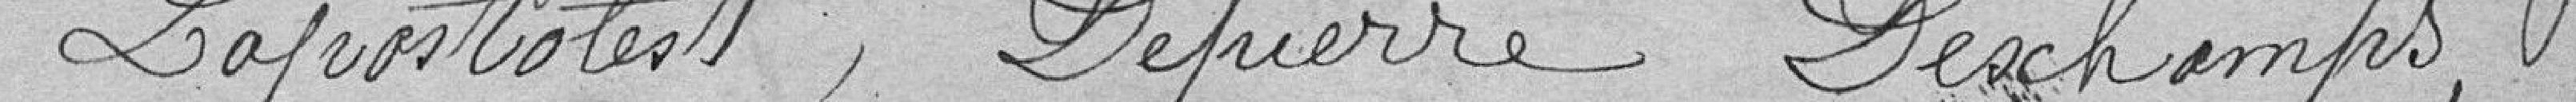
LAPOSTOLEST, DEPIERRE, DESCHAMPS